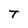
Character: T